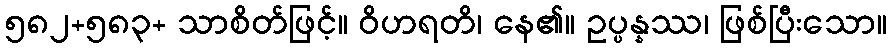
၅၈၂+၅၈၃+ သာစိတ်ဖြင့်။ ဝိဟရတိ၊ နေ၏။ ဥပ္ပန္နဿ၊ ဖြစ်ပြီးသော။